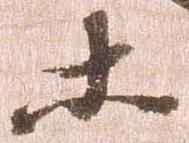
等